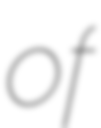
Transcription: of